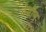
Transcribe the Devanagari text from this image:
बेयॉन